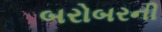
બરોબરની